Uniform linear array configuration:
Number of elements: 64
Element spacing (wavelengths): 1
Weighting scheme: blackman
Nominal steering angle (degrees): -45
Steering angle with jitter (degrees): -45.777
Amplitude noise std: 0.05
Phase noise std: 0.05

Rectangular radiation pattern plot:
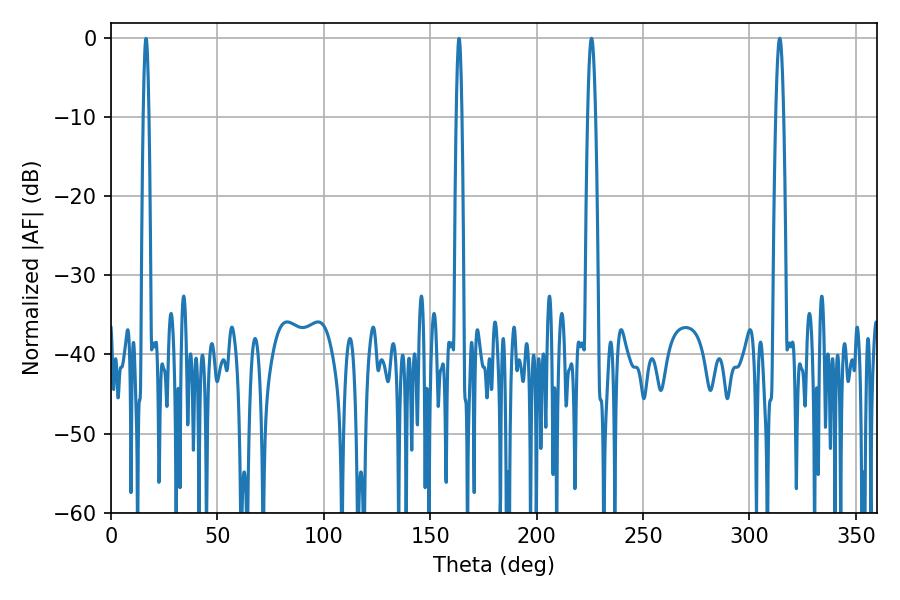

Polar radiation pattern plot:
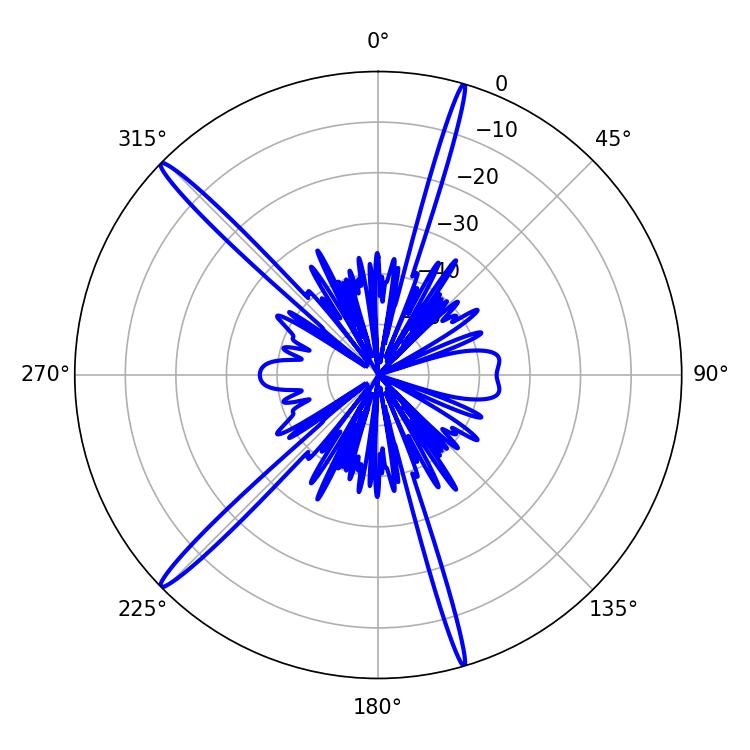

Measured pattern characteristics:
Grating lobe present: TRUE
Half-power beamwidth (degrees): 1.98
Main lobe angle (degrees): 314.28